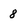
Character: 8